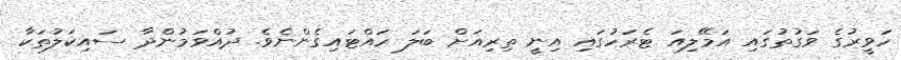
ހަވީރުގެ ވަގުތުގައި އަމޭލިއަ ޓެރަހުގައި އިނީ ތިރިއަށް ބަލަ ހައްޓައިގެންނެވެ. ދުއްވަމުންދާ ސައިކަލުތަކާ